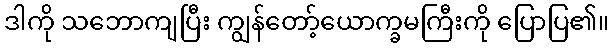
ဒါကို သဘောကျပြီး ကျွန်တော့်ယောက္ခမကြီးကို ပြောပြ၏။